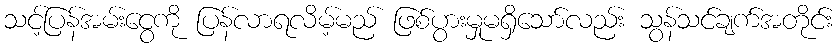
သင့်ပြန်အမ်းငွေကို ပြန်လာရလိမ့်မည် ဖြစ်ပွားမှုမရှိသော်လည်း သွန်သင်ချက်အတိုင်း